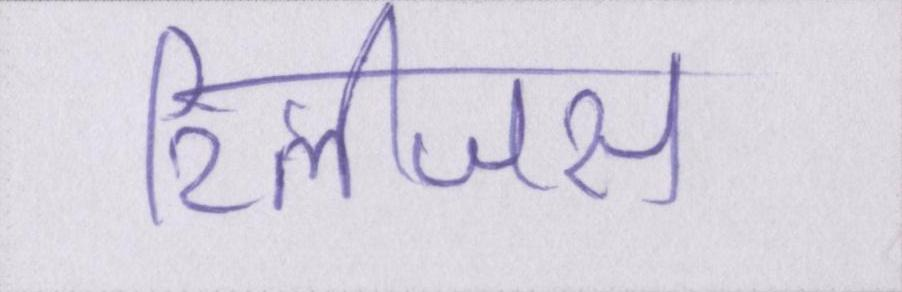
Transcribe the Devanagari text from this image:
रिलीजस